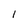
Character: 1